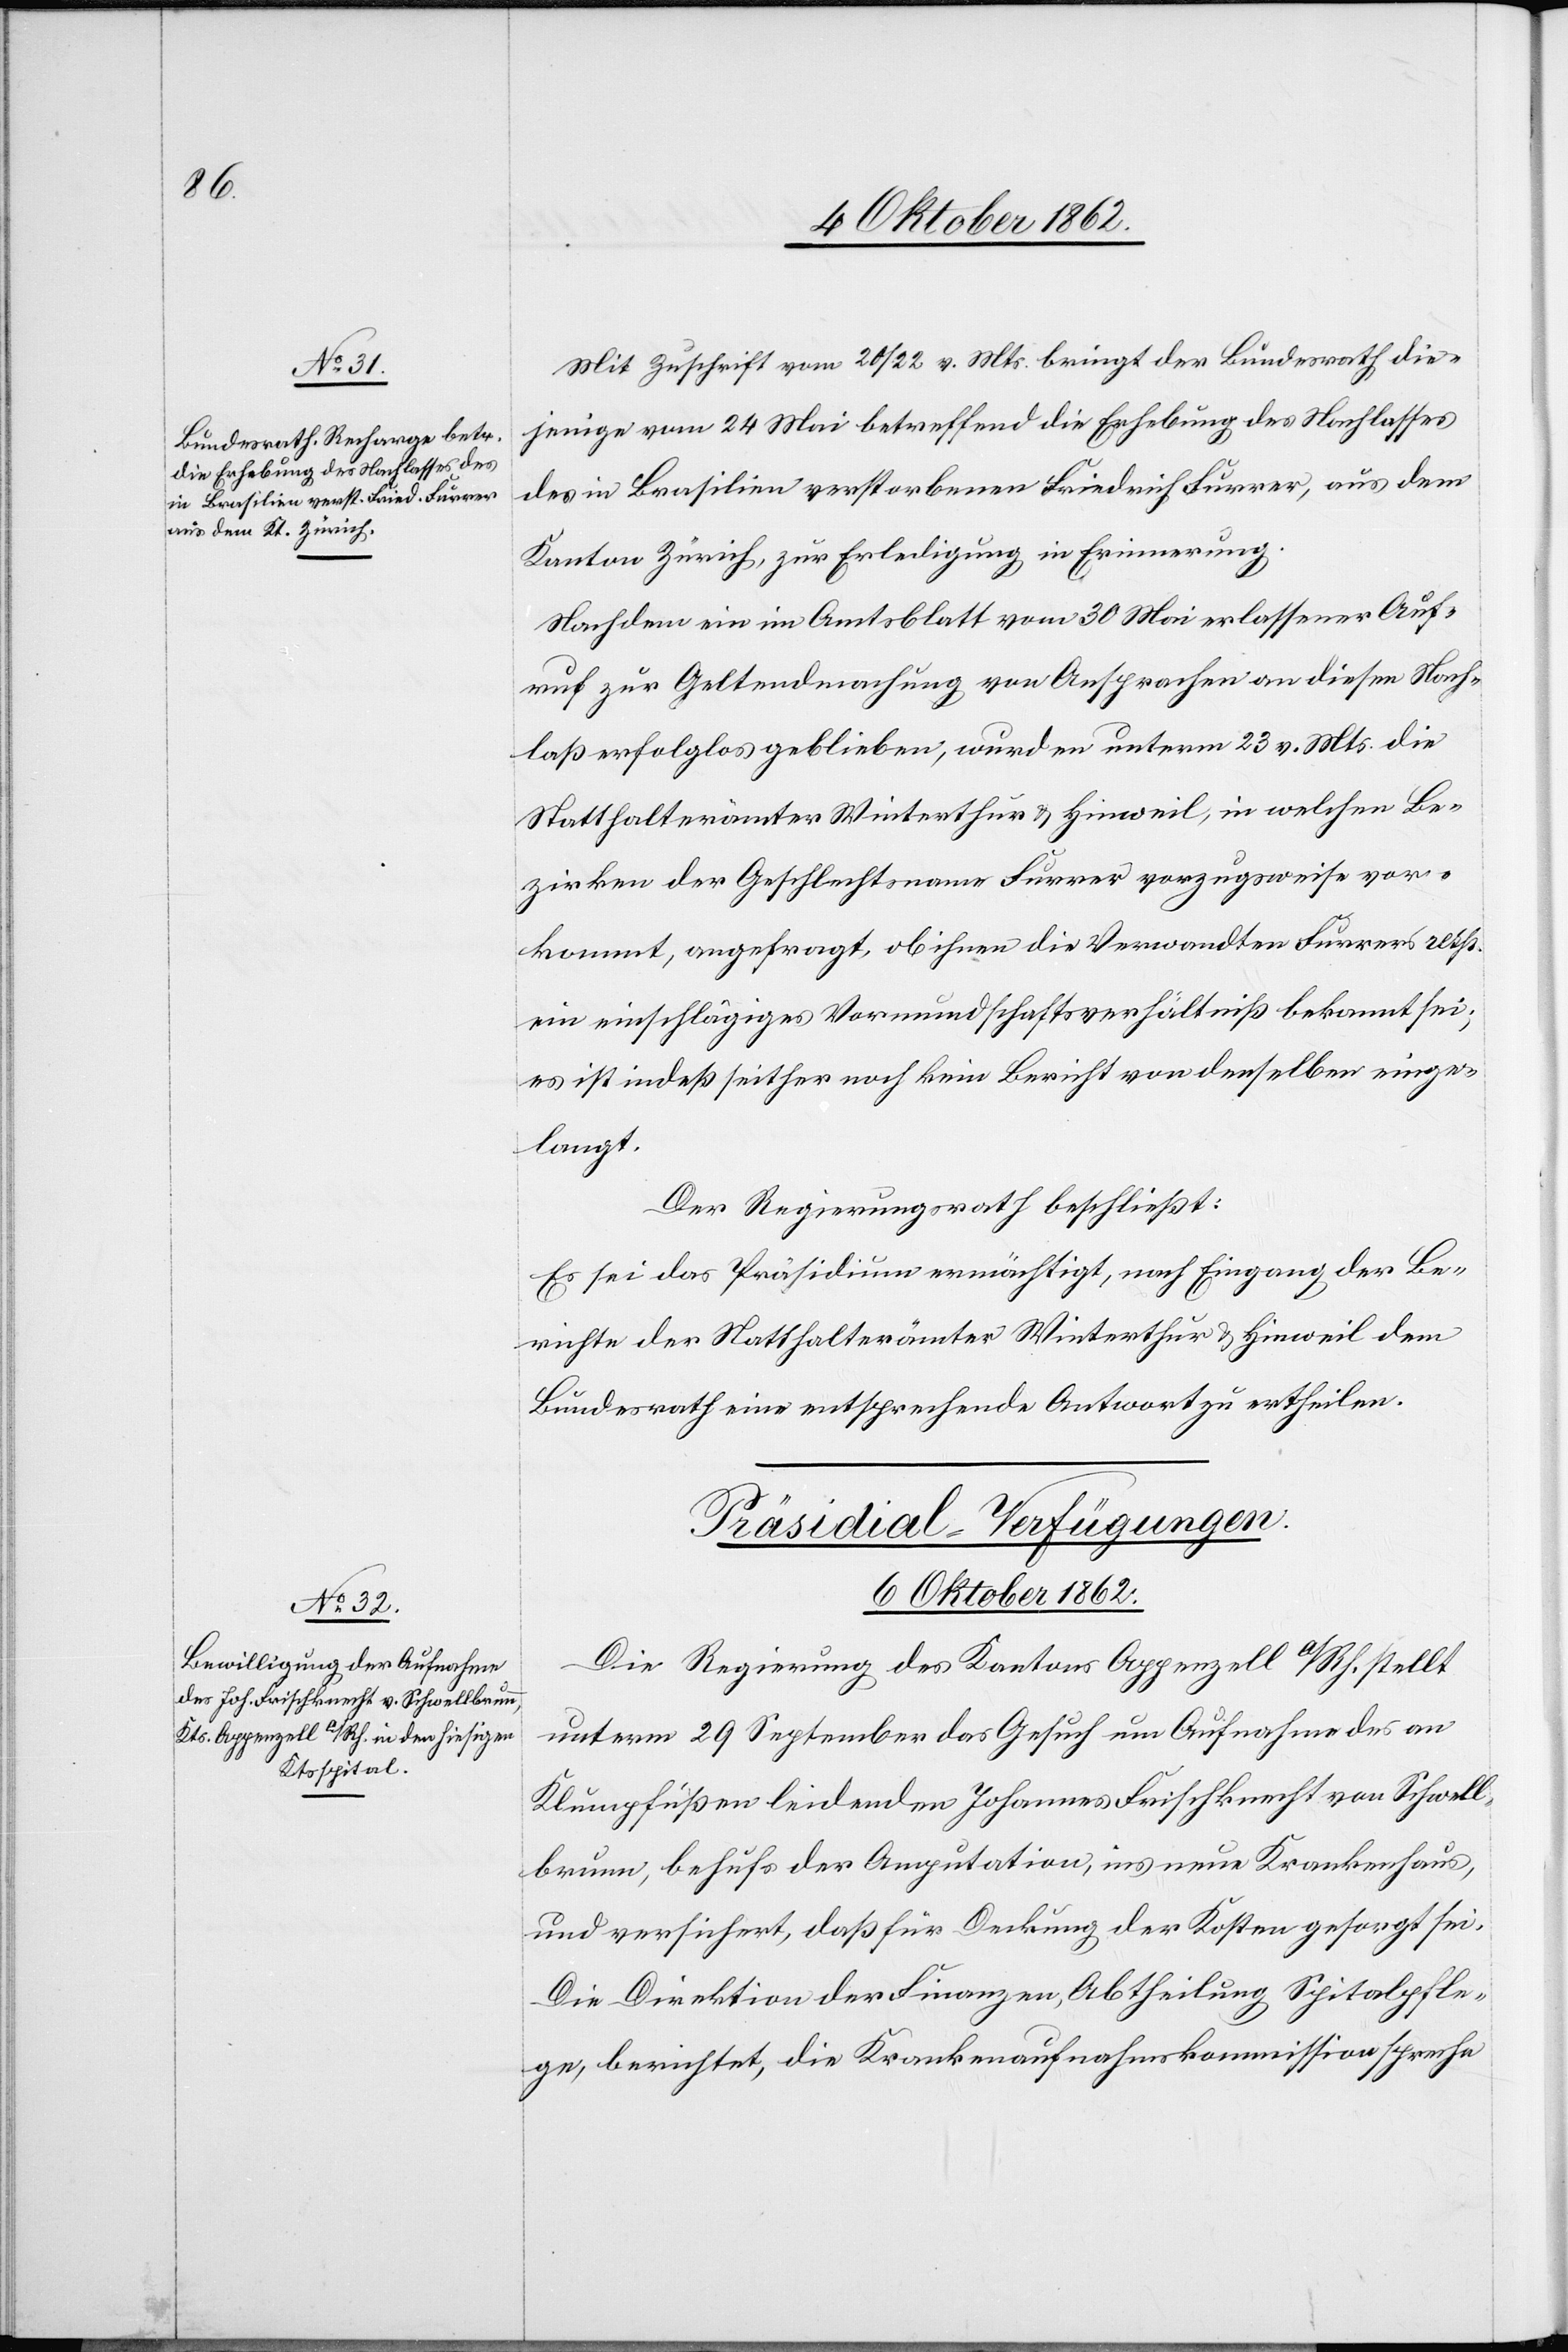
Mit Zuschrift vom 20/22. v. Mts. bringt der Bundesrath die¬
jenige vom 24. Mai betreffend die Erhebung des Nachlasses
des in Brasilien verstorbenen Friedrich Furrer, aus dem
Kanton Zürich, zur Erledigung in Erinnerung.
Nachdem ein im Amtsblatt vom 30. Mai erlassener Auf¬
ruf zur Geltendmachung von Ansprachen an diesen Nach¬
laß erfolglos geblieben, wurden unterm 23. v. Mts. die
Statthalterämter Winterthur u. Hinweil, in welchen Be¬
zirken der Geschlechtsname Furrer vorzugsweise vor¬
kommt, angefragt, ob ihnen die Verwandten Furrers resp.
ein einschlägiges Vormundschaftsverhältniß bekannt sei;
es ist indeß seither noch kein Bericht von denselben einge¬
langt.
Der Regierungsrath beschließt:
Es sei das Präsidium ermächtigt, nach Eingang der Be¬
richte der Statthalterämter Winterthur u. Hinweil dem
Bundesrath eine entsprechende Antwort zu ertheilen.
Präsidial-Verfügungen.
6. Oktober 1862.
Die Regierung des Kantons Appenzell A/Rh. stellt
unterm 29. September das Gesuch um Aufnahme des an
Klumpfüßen leidenden Johannes Frischknecht von Schwell¬
brunn, behufs der Amputation, ins neue Krankenhaus,
und versichert, daß für Deckung der Kosten gesorgt sei.
Die Direktion der Finanzen, Abtheilung Spitalpfle¬
ge, berichtet, die Krankenaufnahmskommission spreche